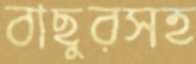
বাছুরসহ